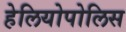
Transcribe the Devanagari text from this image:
हेलियोपोलिस